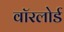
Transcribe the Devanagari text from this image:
वॉरलोर्ड